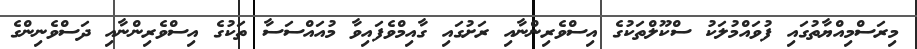
މިރަސްމިއްޔާތުގައި ފުވައްމުލަކު ސްކޫލްތަކުގެ އިސްވެރިންނާއި ރަށުގައި ގާއިމްވެފައިވާ މުއައްސަސާ ތަކުގެ އިސްވެރިންނާއި ދަސްވެނިންގެ